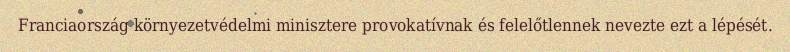
Franciaország környezetvédelmi minisztere provokatívnak és felelőtlennek nevezte ezt a lépését.